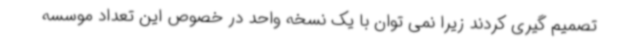
تصمیم گیری کردند زیرا نمی توان با یک نسخه واحد در خصوص این تعداد موسسه